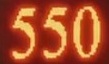
550